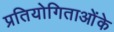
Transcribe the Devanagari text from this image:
प्रतियोगिताओंके